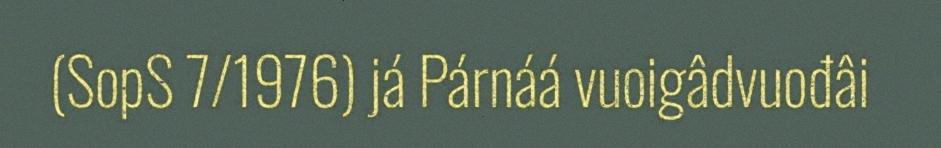
(SopS 7/1976) já Párnáá vuoigâdvuođâi